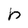
Character: b